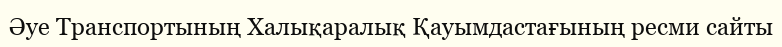
Әуе Транспортының Халықаралық Қауымдастағының ресми сайты